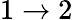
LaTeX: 1\to 2